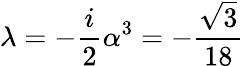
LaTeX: \lambda=-\frac{i}{2}\alpha^{3}=-\frac{\sqrt{3}}{18}